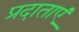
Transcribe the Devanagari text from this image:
प्रदाताएं